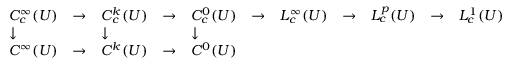
\begin{array} { l l l l l l l l l l l } { C _ { c } ^ { \infty } ( U ) } & { \to } & { C _ { c } ^ { k } ( U ) } & { \to } & { C _ { c } ^ { 0 } ( U ) } & { \to } & { L _ { c } ^ { \infty } ( U ) } & { \to } & { L _ { c } ^ { p } ( U ) } & { \to } & { L _ { c } ^ { 1 } ( U ) } \\ { \downarrow } & { } & { \downarrow } & { } & { \downarrow } & { } & { } & { } & { } & { } & { } \\ { C ^ { \infty } ( U ) } & { \to } & { C ^ { k } ( U ) } & { \to } & { C ^ { 0 } ( U ) } & { } & { } & { } & { } & { } & { } \end{array}